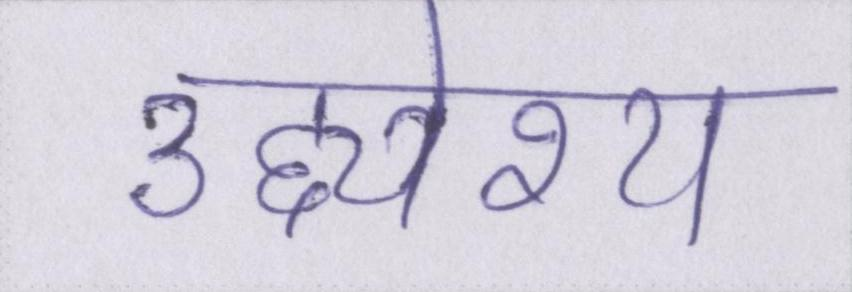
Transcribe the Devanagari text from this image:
उद्द्येश्य